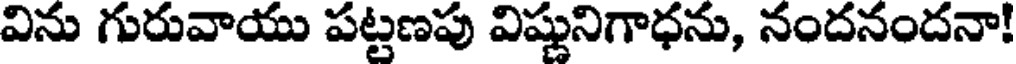
విను గురువాయు పట్టణపు విష్ణునిగాధను, నందనందనా!